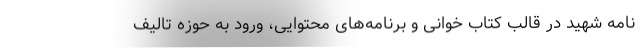
نامه شهید در قالب کتاب خوانی و برنامه‌های محتوایی، ورود به حوزه تالیف